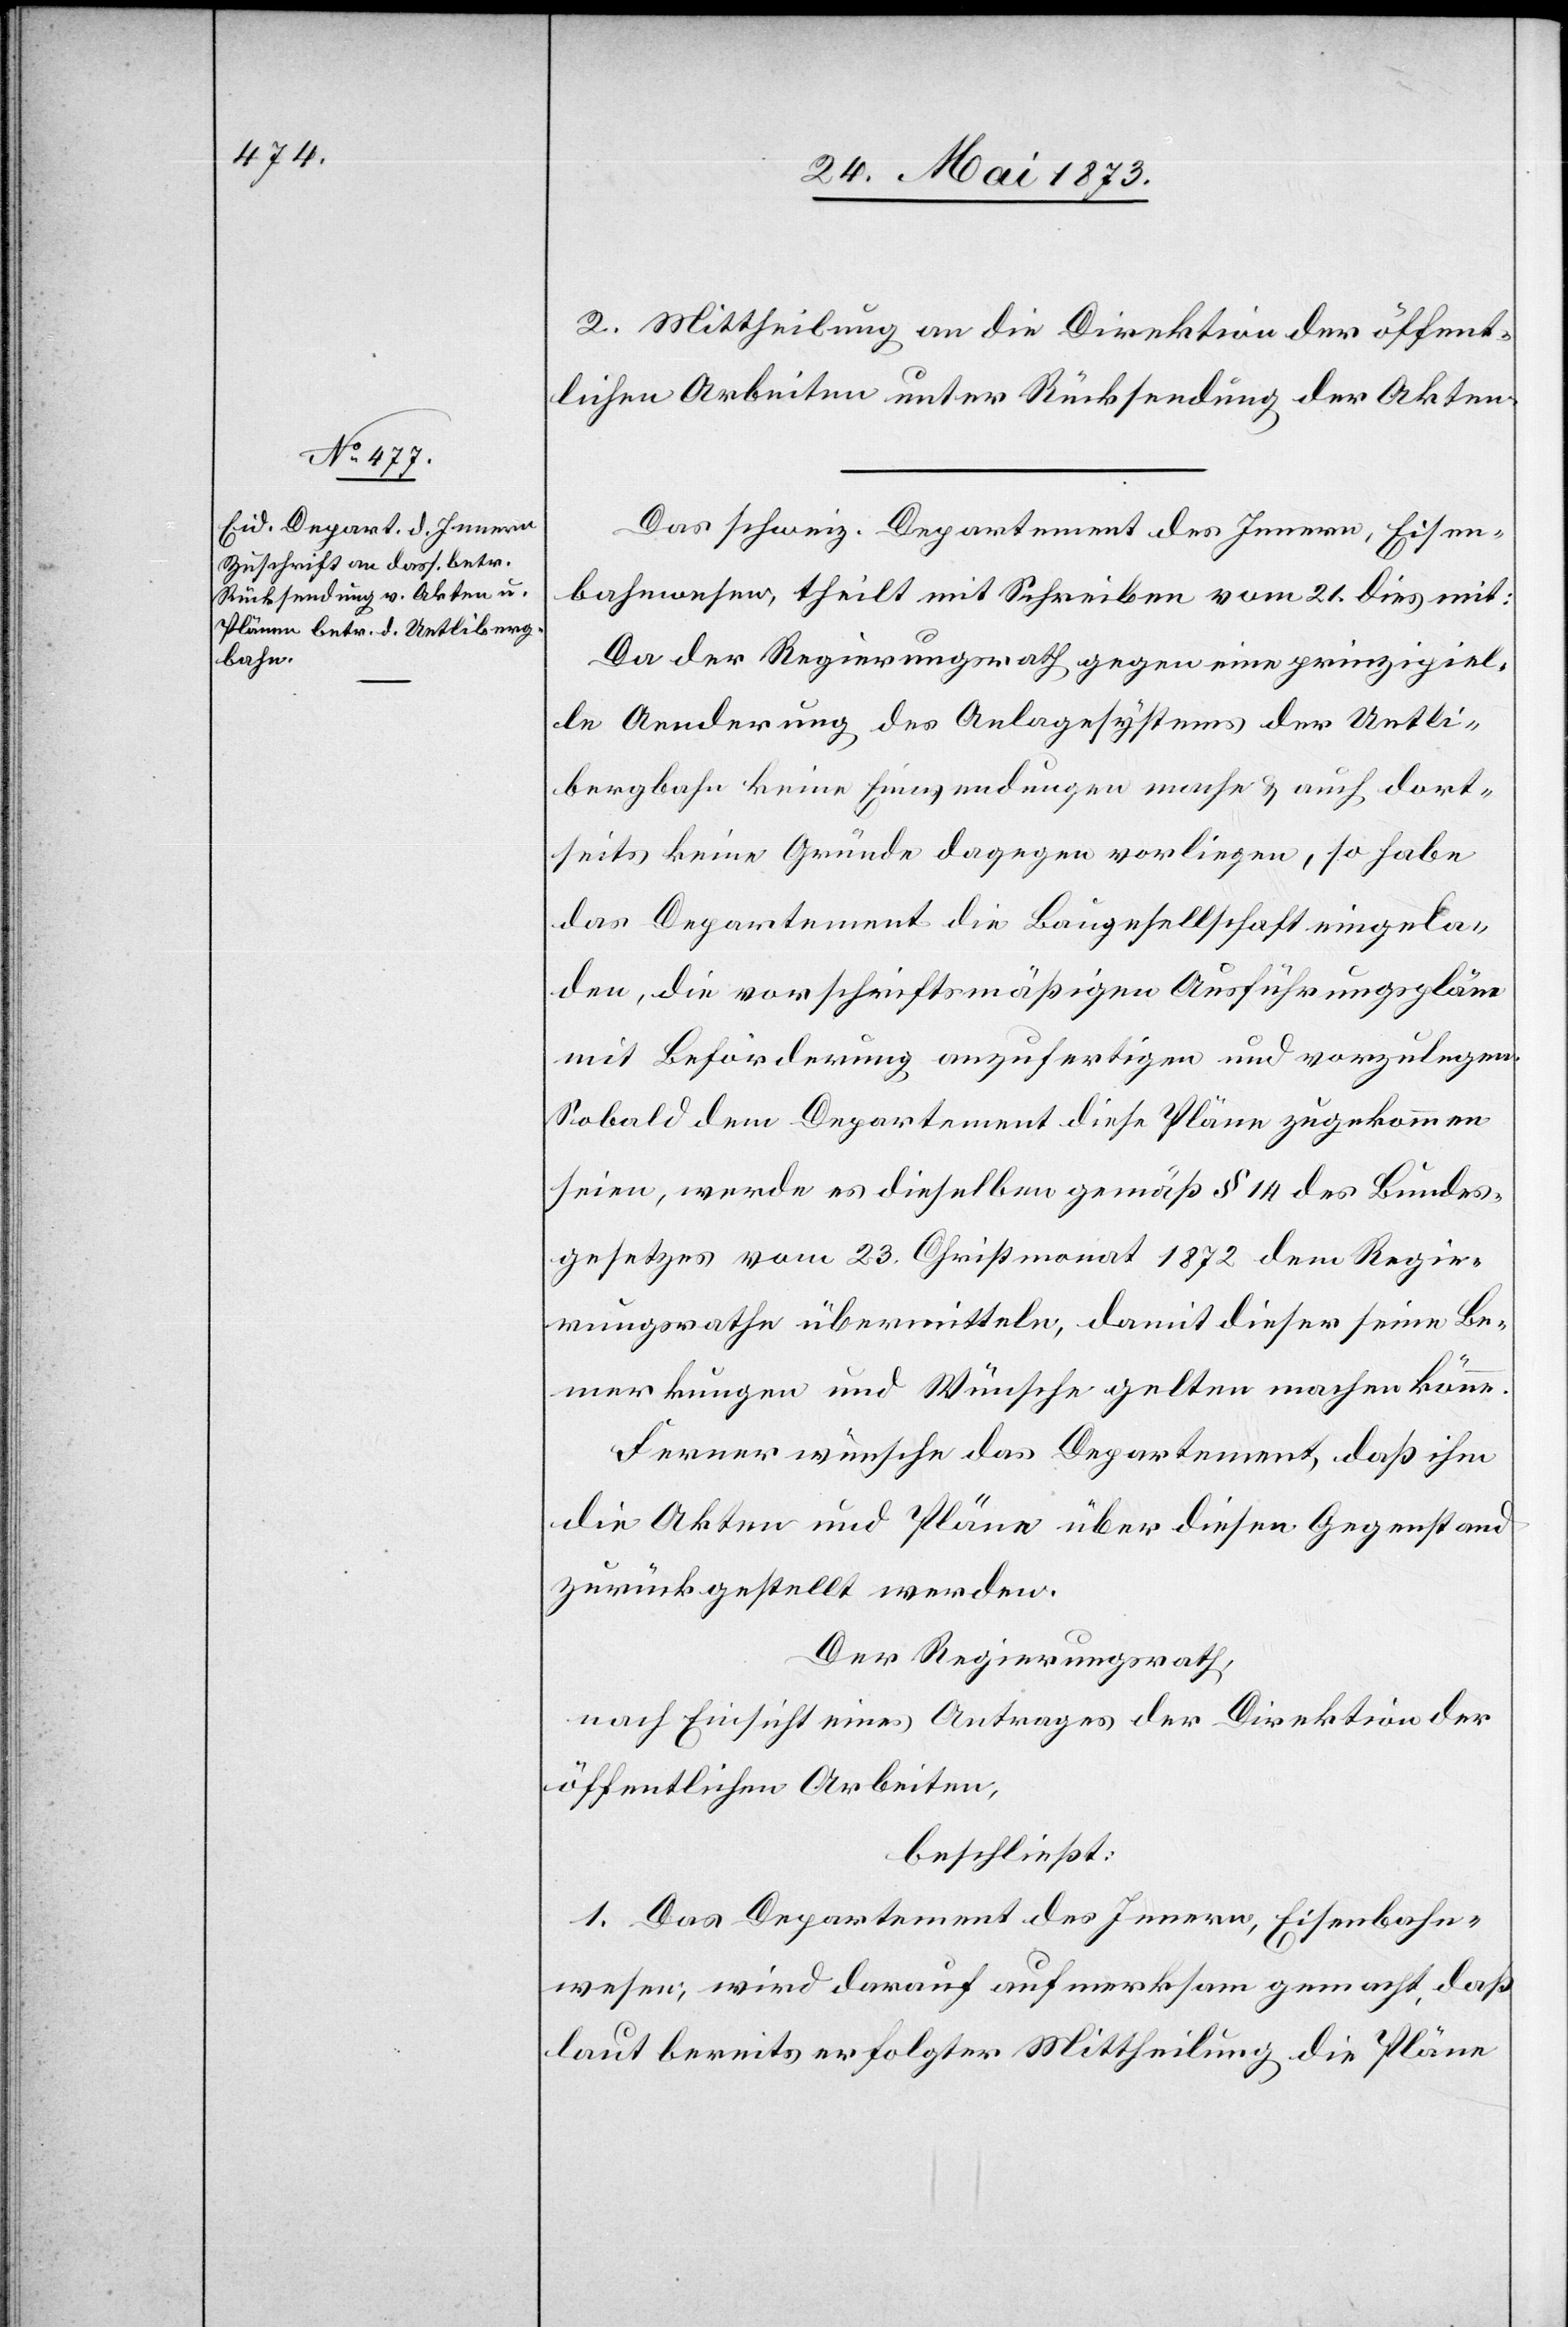
2. Mittheilung an die Direktion der öffent¬
lichen Arbeiten unter Rücksendung der Akten.
Das schweiz. Departement des Innern, Eisen¬
bahnwesen, theilt mit Schreiben vom 21. dies mit:
Da der Regierungsrath gegen eine prinzipiel¬
le Aenderung des Anlagesystems der Uetli¬
bergbahn keine Einwendungen mache & auch dort¬
seits keine Gründe dagegen vorliegen, so habe
das Departement die Baugesellschaft eingela¬
den, die vorschriftsmäßigen Ausführungspläne
mit Beförderung anzufertigen und vorzulegen.
Sobald dem Departement diese Pläne zugekommen
seien, werde es dieselben gemäß § 14 des Bundes¬
gesetzes vom 23. Christmonat 1872 dem Regie¬
rungsrathe übermitteln, damit dieser seine Be¬
merkungen und Wünsche gelten machen könne.
Ferner wünsche das Departement, daß ihm
die Akten und Pläne über diesen Gegenstand
zurückgestellt werden.
Der Regierungsrath,
nach Einsicht eines Antrages der Direktion der
öffentlichen Arbeiten,
beschließt:
1. Das Departement des Innern, Eisenbahn¬
wesen, wird darauf aufmerksam gemacht, daß
laut bereits erfolgter Mittheilung die Pläne